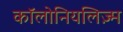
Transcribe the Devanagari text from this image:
कॉलोनियलिज़्म